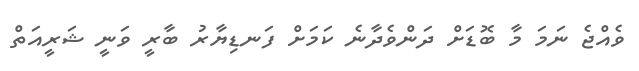
ވެއްޖެ ނަމަ މާ ބޮޑަށް ދަންވެދާނެ ކަމަށް ފަނޑިޔާރު ބާރީ ވަނީ ޝަރީއަތް